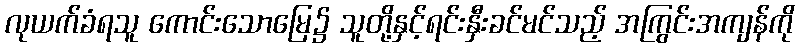
လုယက်ခံရသူ ကောင်းသောမြေ၌ သူတို့နှင့်ရင်းနှီးခင်မင်သည့် အကြွင်းအကျန်ကို